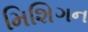
મિશિગન